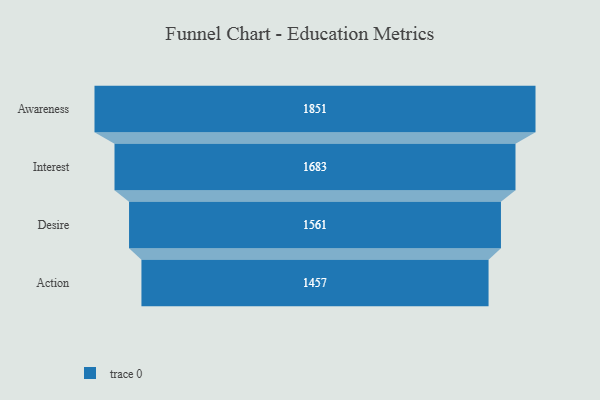
{"axis": {"x": "Stage", "y": "Value"}, "legend": [""], "data": [{"x": "Awareness", "y": 1851.0, "type": ""}, {"x": "Interest", "y": 1683.0, "type": ""}, {"x": "Desire", "y": 1561.0, "type": ""}, {"x": "Action", "y": 1457.0, "type": ""}]}